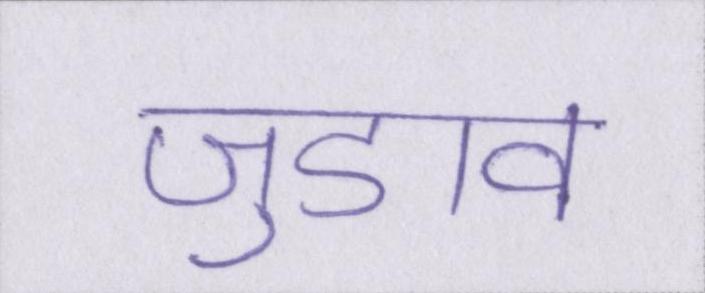
जुडाव